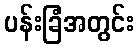
ပန်းခြံအတွင်း